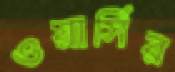
ওয়ার্সির